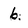
Character: 6